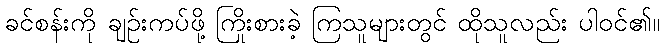
ခင်စန်းကို ချဉ်းကပ်ဖို့ ကြိုးစားခဲ့ ကြသူများတွင် ထိုသူလည်း ပါဝင်၏။